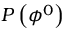
P \left( \phi ^ { 0 } \right)